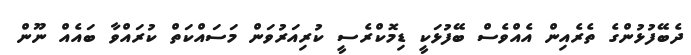
ދެބޭފުޅުންގެ ތެރެއިން އެއްވެސް ބޭފުޅަކީ ޑިމޮކްރެސީ ކުރިއަރުވަން މަސައްކަތް ކުރައްވާ ބައެއް ނޫން